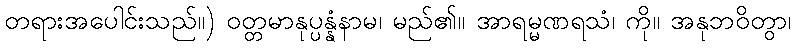
တရားအပေါင်းသည်။) ဝတ္တမာနုပ္ပန္နံနာမ၊ မည်၏။ အာရမ္မဏရသံ၊ ကို။ အနုဘဝိတွာ၊